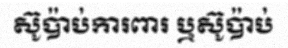
ស៊ូប៉ាប់ការពារ ឬស៊ូប៉ាប់